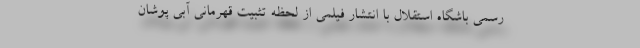
رسمی باشگاه استقلال با انتشار فیلمی از لحظه تثبیت قهرمانی آبی پوشان